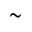
\tilde { }